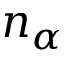
n _ { \alpha }